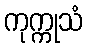
ကုက္ကုသံ